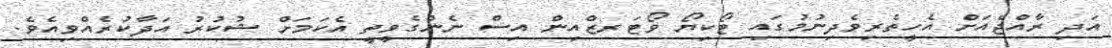
އަދި ރާއްޖެއަށް އެހީތެރިވެދިނުމުގައި ޓޯކިޔޯ ވޯޓަރޒްއިން އިސް ނެންގެވީތީ އެކަމަށް ޝުކުރު އަދާކުރެއްވިއެވެ.